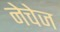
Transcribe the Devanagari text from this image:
नेचेज